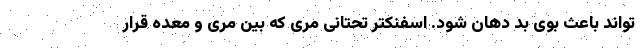
تواند باعث بوی بد دهان شود. اسفنکتر تحتانی مری که بین مری و معده قرار